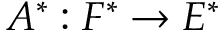
A ^ { * } : F ^ { * } \to E ^ { * }